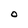
Character: O